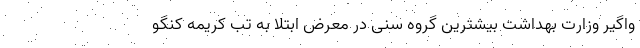
واگیر وزارت بهداشت بیشترین گروه سنی در معرض ابتلا به تب کریمه کنگو